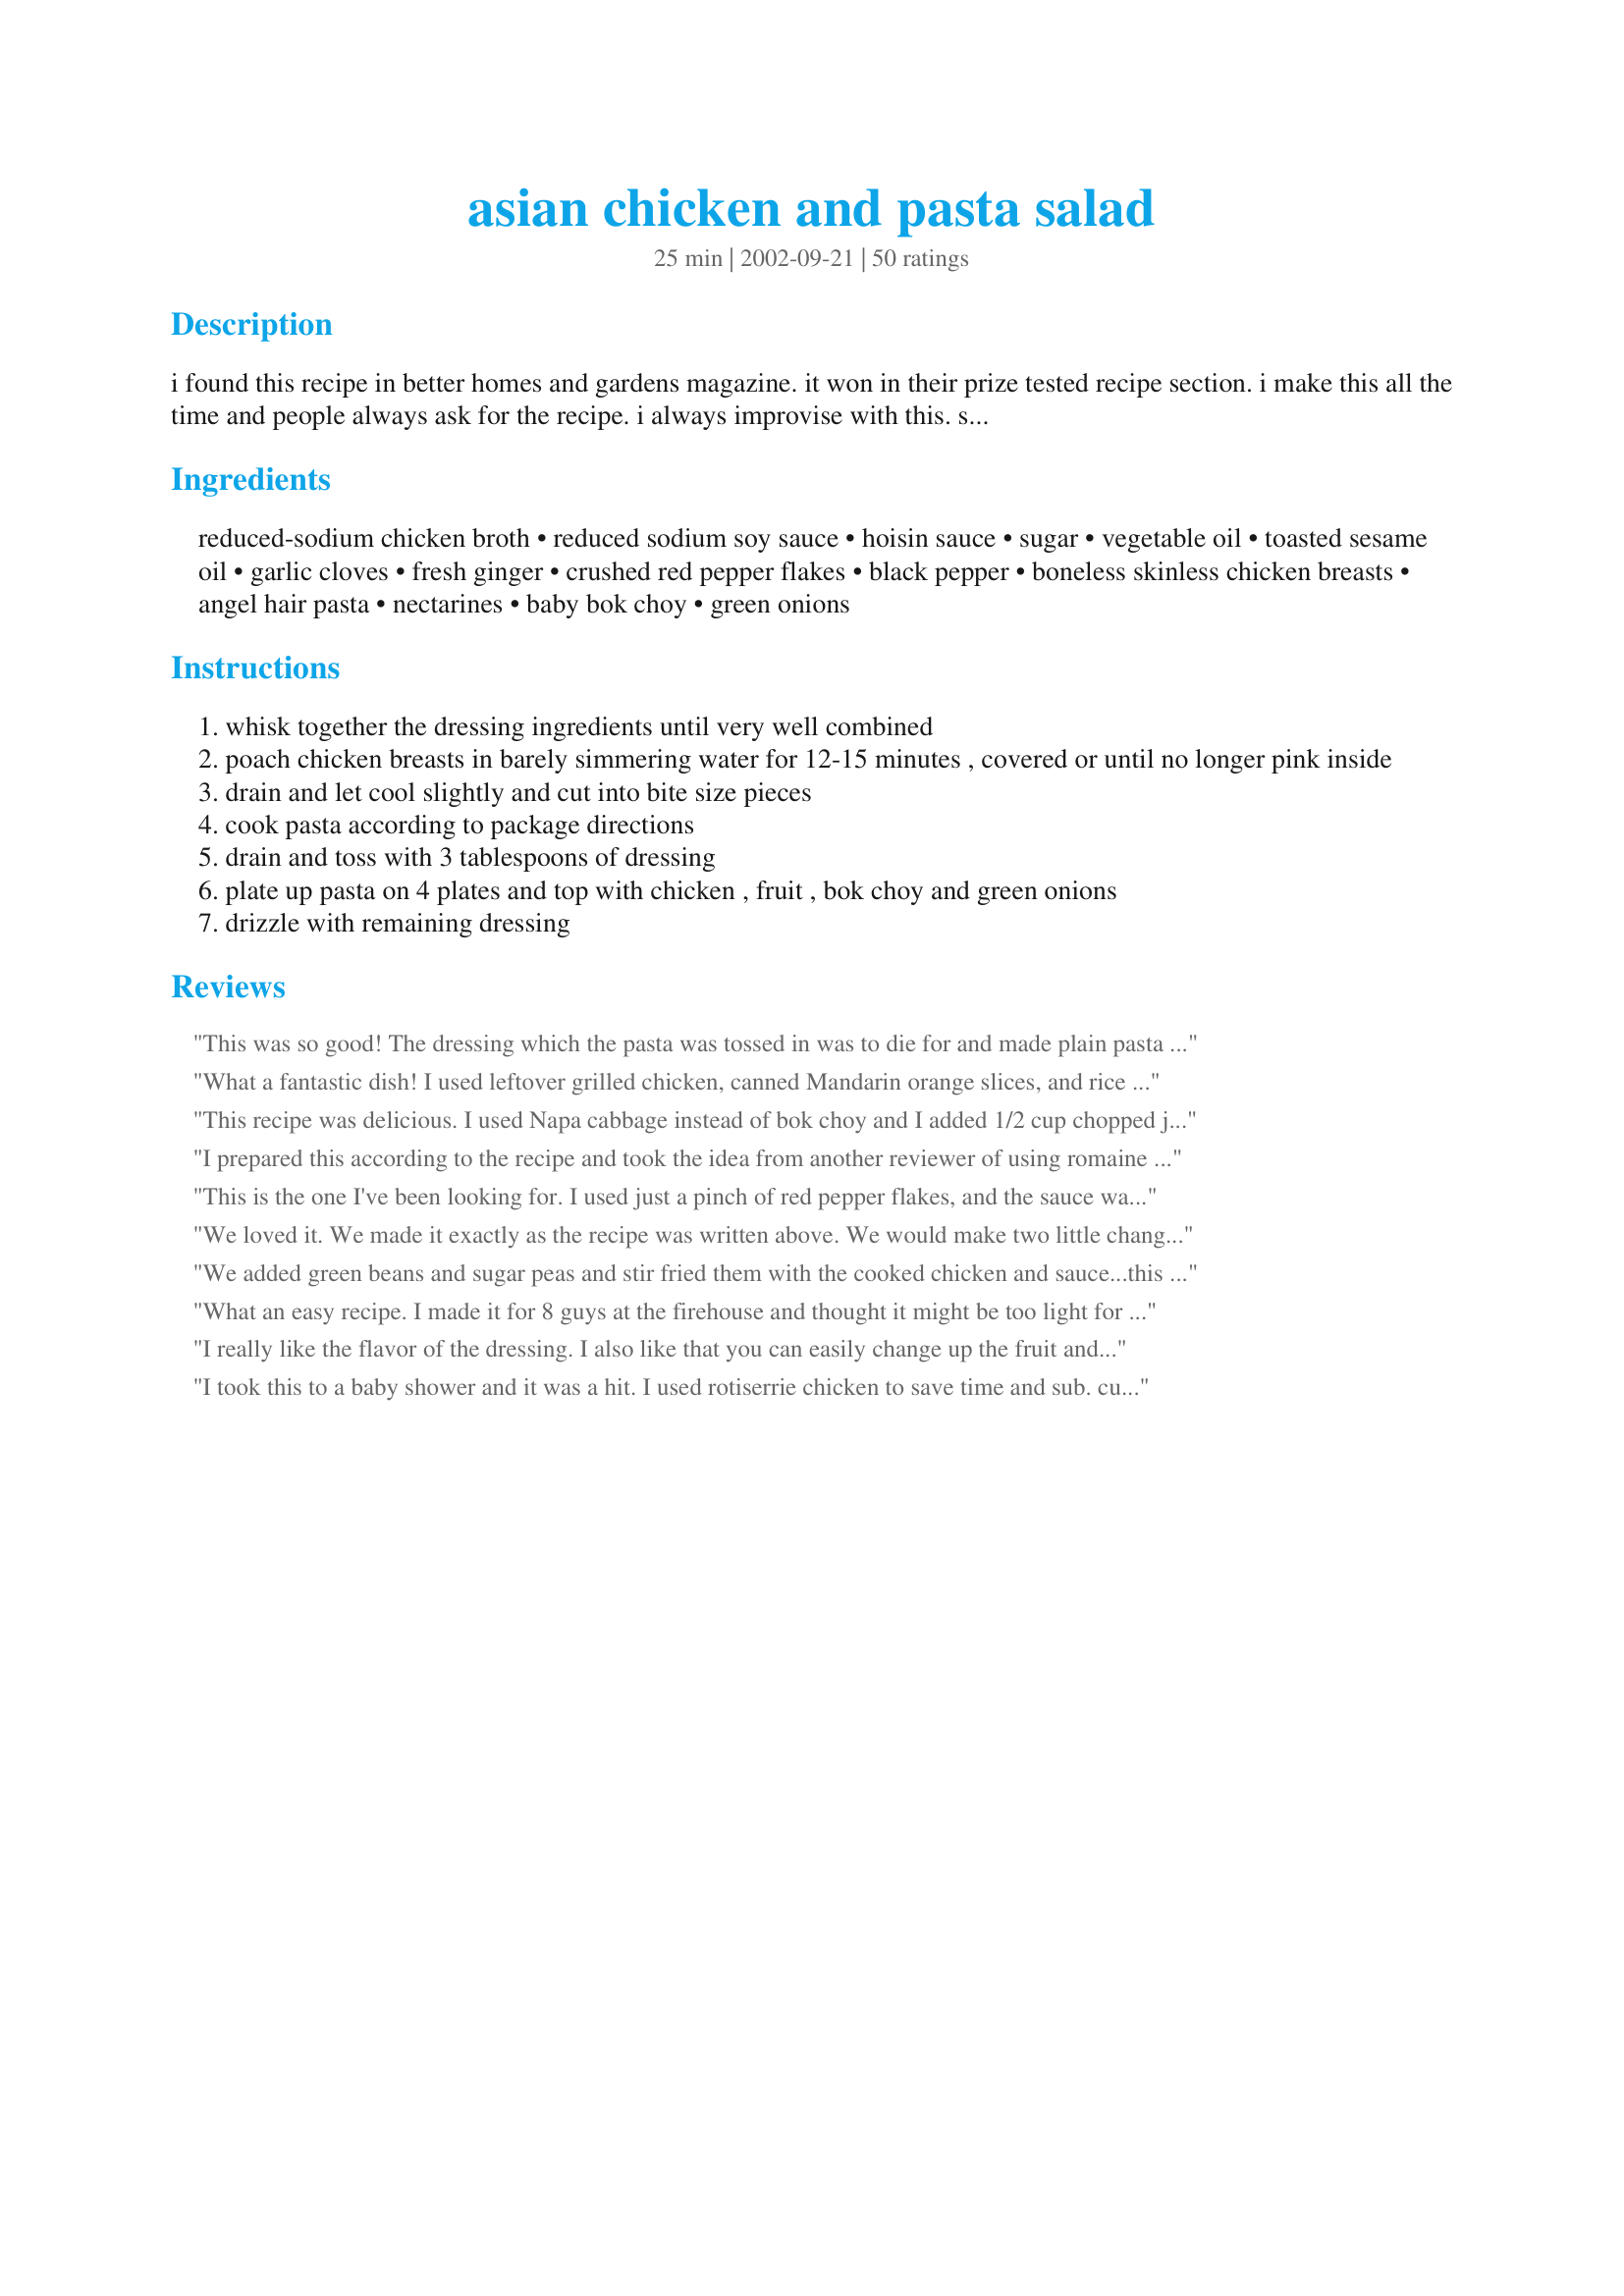
asian chicken and pasta salad
Preparation time: 25 minutes

i found this recipe in better homes and gardens magazine. it won in their prize tested recipe section. i make this all the time and people always ask for the recipe. i always improvise with this. sometimes i add mangoes, cucumbers and/or romaine hearts. this is easy and tastes like you are a chef.

Ingredients:
reduced-sodium chicken broth, reduced sodium soy sauce, hoisin sauce, sugar, vegetable oil, toasted sesame oil, garlic cloves, fresh ginger, crushed red pepper flakes, black pepper, boneless skinless chicken breasts, angel hair pasta, nectarines, baby bok choy, green onions

Steps:
whisk together the dressing ingredients until very well combined
poach chicken breasts in barely simmering water for 12-15 minutes , covered or until no longer pink inside
drain and let cool slightly and cut into bite size pieces
cook pasta according to package directions
drain and toss with 3 tablespoons of dressing
plate up pasta on 4 plates and top with chicken , fruit , bok choy and green onions
drizzle with remaining dressing

Reviews:
This was so good! The dressing which the pasta was tossed in was to die for and made plain pasta ten times better! It was easy to make and the salad complimented the chicken and pasta. I loved the extra zing from the nectarines!
What a fantastic dish! I used leftover grilled chicken, canned Mandarin orange slices, and rice noodles, but kept everything else as written. The kids have already asked when we can have it again and if they can help me make it! This recipe is definitely a keeper. Thanks for posting!
This recipe was delicious. I used Napa cabbage instead of bok choy and I added 1/2 cup chopped jicama. I served it at a meeting for a charitable group I belong to and everyone loved it. I just tossed it all together right before serving so it was very easy. Next time I am going to try it with tomatoes instead of the nectarines just for a change. Thanks taylortwo!

Deb from Ca
I prepared this according to the recipe and took the idea from another reviewer of using romaine instead of bok choy. I also used a rotisserie chicken for the chicken instead of the breasts. I prepared the dressing exactly as written and it was fabulous. My husband said to give it 4.5 stars but I went ahead and gave it 5 because the leftovers were awesome too!
This is the one I've been looking for. I used just a pinch of red pepper flakes, and the sauce was perfect. I had frozen chicken breasts, and I wasn't sure about poaching them that way, but it worked out just fine -- just took a little longer. Definitely a 5 star recipe.
We loved it. We made it exactly as the recipe was written above. We would make two little changes. One, next time we will have a little bit more of the bok choy on hand. Second, we would toss it in each bowl to spread the dressing a bit more.
We added green beans and sugar peas and stir fried them with the cooked chicken and sauce...this was awesome in taste and a quick meal...
What an easy recipe. I made it for 8 guys at the firehouse and thought it might be too light for them. They loved it and went back for seconds. Great light dinner or lunch idea. It was very easy to make and tasted fantastic!
I really like the flavor of the dressing. I also like that you can easily change up the fruit and vegetables that you use.
I took this to a baby shower and it was a hit. I used rotiserrie chicken to save time and sub. cucumbers and romaine for the veggies.
Yummy. I did not have low sodium broth or soy sauce, so I had to add more sugar to even out the flavour. I made this with a bag of broccoli slaw instead of the bok choy.
Congrats! Your tasty recipe is our "Recipe of the Day" on the homepage! (06/22/2011)
Oops, I acidentally clicked on the wrong end of the stars. This is definitely 5 stars and not one!
I used dark meat chicken (less costly) and chose nectarines over peaches due to seasonality and I would say it was very good but missing something-i did not put in red pepper flakes which I may try next time. But it was demolished at the potluck it went to.
Great recipe! The combination of flavors is excellent. I loved(and so did my husband, who was a little unsure) the addition of the nectarines. Couldn't find baby bok choy, so I used romaine hearts that I sliced up. It was amazing. I also tossed the chicken with a little dressing before adding to the salad. This will be in regular rotation this summer. Thanks tt!
This was really good! I made as a side dish so I omitted the chicken and it was still great. I also used mandarin oranges as DH is not a fan of the peach family. I'll deinitely be making this again with the chicken. Thanks for posting!
LOVE IT! The dressing is fantastic! I used a bowl of tossed organic greens, oranges, green onions (stuff I had on hand) as well as some smoked chicken I had. This will be a summer stand-in when my DH goes on his "cereal for dinner" benders-LOL! Really, a great noodle salad! Thanks for posting, Di ;-)<br/>Edit to add I also used the buckwheat noodles.
My whole family gobbled this up. I only changed one thing and made it with whole wheat noodles. It was awesome! Thanks a bunch!
I made this with peaches and used half a rotisserie chicken. Delicious! I would absolutely make it again.
This is a keeper! I doubled the recipe and I used napa cabage instead of the bok choy... I'll admit, I have not used bok choy before and when I saw it in the store.... I thought... nope, the kids won't like that.... so I took the easy way out with the napa... I thought it would give me more bulk because I was serving 5 adults and 4 kids... They all loved it and it was even better the next day!!!!
The BEST dressing and pasta EVER!!!!! I added some lemon and lime juice for citrus...<br/>The dressing could be AWESOME on anything! Thank you very much TaylorTwo
I had planned on rating this 4 stars but now that I am looking over the recipe again, I see that I made a mistake with the dressing...I copied down the ingredients wrong and consequently added rice vinegar instead of vegetable oil. So much for my abbreviations! In any case, our dinner was absolutely delicious, our only critique was that it could have used a little honey or something else to sweeten it a tiny bit. Which may not have been necessary if I had not added the vinegar! So I will come a rate it with stars after I have had a chance to make correctly. I used whole wheat noodles which worked very well. I seasoned my chicken with salt and pepper and drizzled with olive oil and then grilled it instead of poaching it. This was loved by everyone. We opted for the crushed red pepper and thought it was great. Next time, I also think I will add some toasted sesame seeds and try grilling the nectarines to intensify their flavor. Thanks so much for sharing this!
Fantastic flavors and colors. Simply superb!
Even better cooked as a stir-fry! Added a bit of red pepper (red capsicum) for colour and veggies infusion.
What an excellent Summer Salad, Peaches and Cucumber instead of Oranges and it&#039;s Perfect! Kiss Kiss LMJ
This dressing is soooo tasty! I made it exactly as posted. I doubled this recipe and just served it all mixed together like a pasta salad. For the fruit, I used Mandarin orange segments, and tossed in a little chopped cucumber from the garden. Everyone wanted the recipe! The only thing I would do different for next time, is to break up the pasta a bit - easier to eat.
Thanks, TT!
This was exactly what I was looking for. A little bit of a kick with the red peper. Delicious. I can't wait to make it for a work pot luck
I loved the sound of this recipe but wasn't so sure my hearty, meaty, meal loving husband would go for it. I made it tonight and he loved it. The dressing is awesome! I agree with the other poster about keeping some in the fridge for salads. I used both nectarines and mangoes and grilled the chicken instead of poaching and put it on top of the salad just for hubs. I also used veggie stock instead of chicken and mini penne instead of angel hair and it was delish!
Sooo Good!! I've made it twice now. The first time was for a baby shower after church. I cooked the night before then carried the greens, chicken, dressing, and pasta in seperate containers and tossed together at the party. I had quadrupled the dressing and tripled the rest of the recipe. I also used romaine, mandarin oranges, a little green pepper and cucumber, and 1 tsp of chili paste in place of the 1/2 tsp red pepper red pepper flakes. I liked a little more ginger too. I didn't use all the dressing (made the extra for leftovers). The salad got raves and multiple requests for the recipe. We're having it again tonight at the request of my youngest. I really recomend making the dressing ahead of time and giving the flavors time to blend together. ***** I had to up this to 5 stars , I've made it so many times now and keep getting requests. This is a great summer salad, skip the chiken for a great side dish.
This is a delicious and easy recipe to prepare. I did not use the nectarines, but added pre-shredded carrots. I will definately make this again!
Great Salad. I used mango, romaine and coleslaw mix for the salad and it was great. Loved the dressing.
This was a very nice salad. It's especially nice when the nectarines are in season and sweet!! Thanks for adding something different to our menu.
This is an excellent salad. With our first hot days of the year, I wanted something light and cold for dinner and I'm so glad I found this. I substituted sweet red peppers for the fruit and used soba (buckwheat) noodles. I also used romaine hearts as TT suggested. The flavors in the sauce were wonderful and I really liked the flavor with the noodles. I think that I may add some tofu and other vegies with this because it is such a great versatile recipe. We'll be making this often. Thank you for posting this.
Yum Yum....I have been looking for that flavor in a sauce. It could be used for so many things!Thanx TaylorTwo....awesome!
Really good! I did not add the bok choy and served it cold. I used whole wheat thin spaghetti and it was really tasty. I also added some toasted sesame seeds. Will make again! Great for a summer dinner.
This is a honey of a chicken salad. The dressing adds a lot of sass to this dish. I made it for lunch and had some girlfriends over. They loved it too. I drizzled some of the dressing over the chicken before adding the other ingredients, then drizzled what was left of the dressing over the top. I can't wait to have this one again. Thanks for sharing it, taylortwo.
This is delicious!!!! I left out the bok choy since the family aren't big veggies eaters like I am. I used bowtie pasta since its easier to stick on a fork. I also tossed in a little extra salt free asian seasoning, some slivered almonds for crunch, and fresh chopped cilantro. I know it will taste even better tommorow after the flavors mingle! Great recipe!!!
I really enjoyed this salad, DH 'tolerated' it, but I was afraid the nectarines in the salad and the sugar in the dressing might be a bit much for him. ( he doesnt like sweet stuff for a meal ).<br/>I did what the other posters suggested and made a double batch of dressing, I was glad I did. We used it all.<br/>I ended up with 'large' bok choy instead of 'baby' bok choy, so I just used the inner stalks and they were delicious! <br/>I loved the spiciness of the dressing!! Just the right amount of 'heat', (altho DH added even MORE pepper!). <br/>We'll make this again. By the way, I put a bit of dressing on 'regular' lettuce and it just wasnt the same.
Awesome salad! I made some small changes though. First, I cut down on the hoisin by 1/2 tbsp, and I added napa cabbage instead of nectarines, and used bean vermicelli instead of angel hair pasta to make it more authentic. Otherwise, it was excellent!
I really liked this. I made a lot of changes based upon reviews. But the basic sauce is fantastic! Here's what I did: I doubled the sauce and used 1 pound of penne pasta. I did use nectarines, but I think mangos would be awesome. I used romaine hearts instead of bok choy.
this was a hit at my cooking club meeting. I doubled the recipe, used 1 mango and 4 nectarines/peaches, and substituted romaine hearts for the bok choy
I absolutely LOVED this recipe!!! I used peaches because I am not a big fan of mandarin oranges. I also added cucumber and sliced sweet red pepper. This was awesome warm as a dinner dish (eggrolls on the side), and the leftovers were awesome cold! The dressing is soooo good. As a matter of fact, I think I'm going to make up a batch just to have on hand for regular green salads. And, IT'S LOW IN FAT!!!! Love it, love it, love it!!! Thank you taylortwo!!! Keep those recipes coming!!:)
~Manda
I thought this was a good salad. I'd make it again with some adjustmnents. I used broccoli instead of the bok choy, and I think next time I will lessen the amount of Hoisin sauce. My husband said it over powered all the other flavors. I think I'll try it out on the extended family for a potluck or something. Thanks
I really enjoyed this salad. The only substitution I made was to use canned mandarin oranges which worked out fabulously. I will definitely make this again!
DE-lish! This was a big hit with me, hubby and our kids (ages 6, 5 and 1). You're right, you can really throw anything into this salad. I used what we had on hand: spaghetti noodles (not angel hair), romaine, napa cabbage, cucumbers, cherry tomatoes and grapes. My fresh ginger bit the dust, so I had to use powdered - looking forward to making it next time with the zippier fresh ginger. I always use fresh garlic and chop as needed - this added a bit of heat to the dressing. Because I was serving to little palettes I cut back on the black pepper (fresh ground has more kick) and put only a quick sprinkle of pepper flakes into the dressing. Hubby ate cold leftovers today and said it was great. I made extra dressing and put it on a veggie salad for myself today - yum! By the way, I usually saute meat, but I'm trying to cut back on calories and poached the chicken as directed. Once the sauce was added it was very good. Thanks for the recipe, it's a keeper!
I've been looking for an asian chicken salad just like this and I'm glad I found it! I brought this to a family potluck and everyone loved it! The dressing really makes this salad. I will continue making this for future potlucks. thanks!
Easy and really yummy recipe, good cold or warm. I substituted thai chili paste for the red pepper flakes, so it wouldn't be as spicy. Also subbed romaine for the bok choy and added a lot of cilantro, which really made the recipe, I think. I can't wait to take this to a potluck! Thanks for a great one!
Wow..absolutely wonderful. I love the dressing. I didnt have any fruit but still so good. This is a keeper in my file. Thanks for posting it.
We wanted a light dinner, so I left out the pasta and added more greens. It was good. But THAT SAUCE! It is fantastic! I believe that you could drizzle some on a buffalo chip and it would be tasty! A stroke of genius, taylortwo.
Thrilled I found this! The dressing/ sauce is perfect! Used shredded rotisserie chicken (think my leftover poultry would have been better or poaching as recipe states) which definitely was dried out, shredded romaine instead of bok choy, mandarin oranges as nectarines are unavailablein az now, and penne pasta (more bite size) . Versatile, can see red pepper, peanuts, fried noodles, seared edamame... whatever pleases your palate in this. Served with recipe#272806. Great post!
